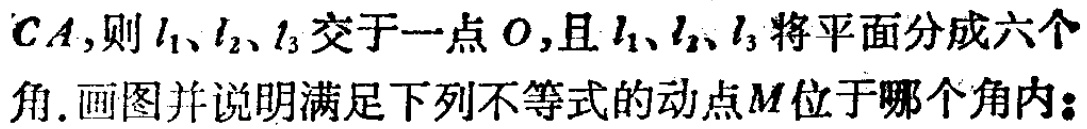
$CA,则l_1、l_2、l_3交于一点O,且l_1、l_2、l_3将平面分成六个角. 画图并说明满足下列不等式的动点M位于哪个角内:$